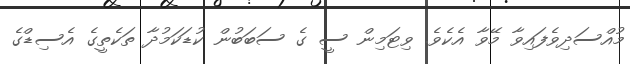
މުއްސަދިވެފައިވާ މޭވާ އެކެވެ. ވިޓަމިން ސީ ގެ ސަބަބުން ކުޑަކަމުދާ ތަކެތީގެ އެސިޑްގެ